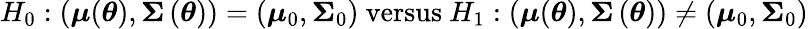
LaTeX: H_{0}:\left(\boldsymbol{\mu}(\boldsymbol{\theta}),\boldsymbol{\Sigma}\left(\boldsymbol{\theta}\right)\right)=\left(\boldsymbol{\mu}_{0},\boldsymbol{\Sigma}_{0}\right)\mathrm{~versus~}H_{1}:\left(\boldsymbol{\mu}(\boldsymbol{\theta}),\boldsymbol{\Sigma}\left(\boldsymbol{\theta}\right)\right)\neq\left(\boldsymbol{\mu}_{0},\boldsymbol{\Sigma}_{0}\right)